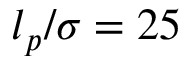
l _ { p } / \sigma = 2 5